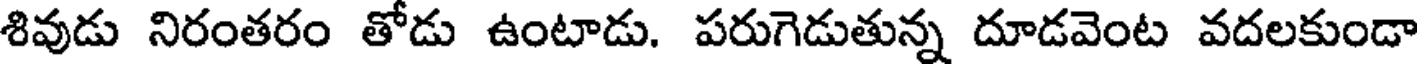
శివుడు నిరంతరం తోడు ఉంటాడు. పరుగెడుతున్న దూడవెంట వదలకుండా